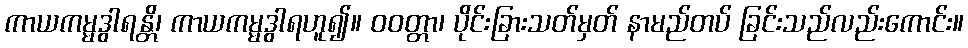
ကာယကမ္မဒွါရန္တိ၊ ကာယကမ္မဒွါရဟူ၍။ ဝဝတ္တာ၊ ပိုင်းခြားသတ်မှတ် နာမည်တပ် ခြင်းသည်လည်းကောင်း။